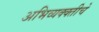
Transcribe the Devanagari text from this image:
अभिव्यक्क्तीचे